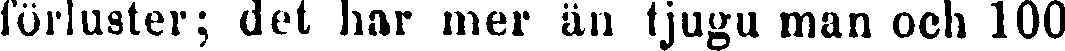
förluster; det har mer än tjugu man och 100